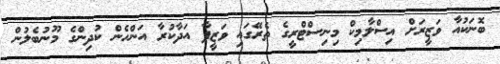
ބޮނަކުއާ ވަޒީރަށް އިސްލާމިކް މިނިސްޓްރީގެ ތެރޭގައި ވަޒީފާ އަދާކުރާ އަންހެން ކުދިންގެ މޫނުބެލުން